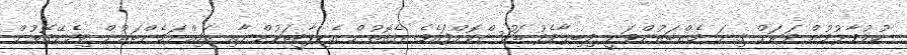
ހުޅުވާލުމުން ވަރަށް ގިނަ މެންބަރުންވަނީ މިބިލާމެދު ބަހުސްކޮށްފައެވެ. އެގޮތުން އެކިޕާޓީތަކުންނާއި އަމިއްލަމެންބަރުން ހިމެނޭގޮތުން